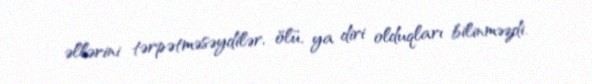
əllərini tərpətməsəydilər, ölü, ya diri olduqları bilinməzdi.